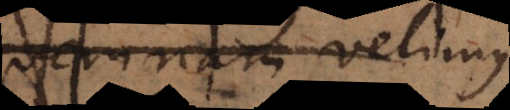
nam velimus